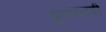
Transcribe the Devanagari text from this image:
ध्रुवणमापी